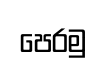
පෙරමු